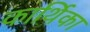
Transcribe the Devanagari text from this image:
कार्थिका